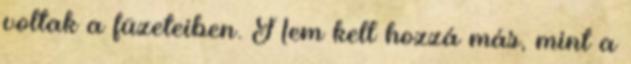
voltak a füzeteiben. Nem kell hozzá más, mint a